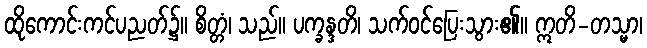
ထိုကောင်းကင်ပညတ်၌။ စိတ္တံ၊ သည်။ ပက္ခန္ဒတိ၊ သက်ဝင်ပြေးသွား၏။ ဣတိ-တသ္မာ၊